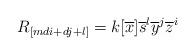
LaTeX: \begin{align*}R_{[mdi+dj+l]}=k[\overline{x}]\overline{s}^{l}\overline{y}^{j}\overline{z}^{i}\end{align*}